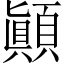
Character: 顚